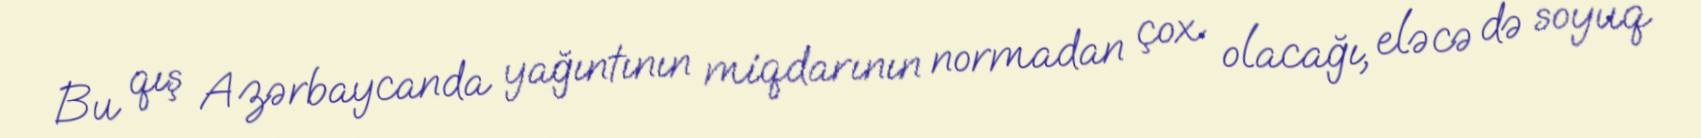
Bu qış Azərbaycanda yağıntının miqdarının normadan çox olacağı, eləcə də soyuq